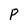
Character: P